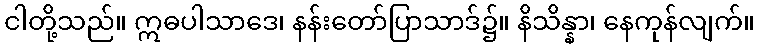
ငါတို့သည်။ ဣဓပါသာဒေ၊ နန်းတော်ပြာသာဒ်၌။ နိသိန္နာ၊ နေကုန်လျက်။